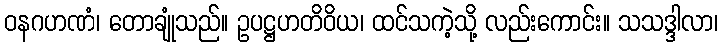
ဝနဂဟဏံ၊ တောချုံသည်။ ဥပဋ္ဌဟတိဝိယ၊ ထင်သကဲ့သို့ လည်းကောင်း။ သသဒ္ဒါလာ၊